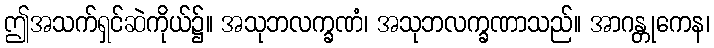
ဤအသက်ရှင်ဆဲကိုယ်၌။ အသုဘလက္ခဏံ၊ အသုဘလက္ခဏာသည်။ အာဂန္တုကေန၊